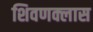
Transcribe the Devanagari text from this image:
शिवणक्लास